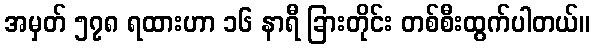
အမှတ် ၅၇၈ ရထားဟာ ၁၆ နာရီ ခြားတိုင်း တစ်စီးထွက်ပါတယ်။